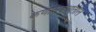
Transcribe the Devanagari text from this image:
कणासंबंधातील